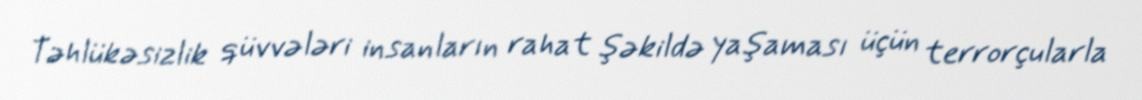
Təhlükəsizlik qüvvələri insanların rahat şəkildə yaşaması üçün terrorçularla